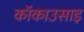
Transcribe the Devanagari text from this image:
कॉकाउसाइ